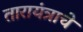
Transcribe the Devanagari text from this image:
तारायंत्राचे